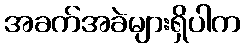
အခက်အခဲများရှိပါက